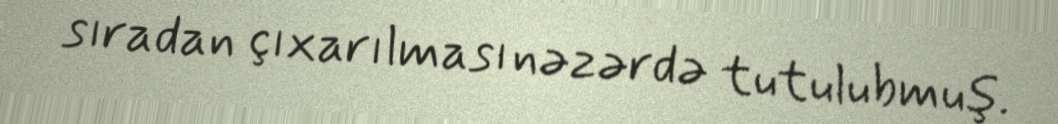
sıradan çıxarılması nəzərdə tutulubmuş.